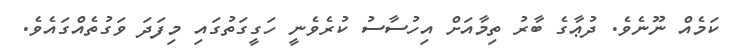
ކަމެއް ނޫނެވެ. ދުޢާގެ ބާރު ތިމާއަށް އިހުސާސު ކުރެވެނީ ހަގީގަތުގައި މިފަދަ ވަގުތެއްގައެވެ.